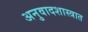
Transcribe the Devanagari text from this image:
अनुवादशास्त्रात